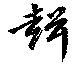
聲